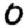
Digit: 0